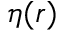
\eta ( r )